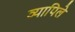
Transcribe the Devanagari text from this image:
व्यापिले